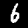
Label: 6